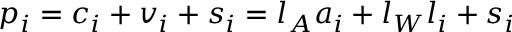
p _ { i } = c _ { i } + v _ { i } + s _ { i } = l _ { A } a _ { i } + l _ { W } l _ { i } + s _ { i }